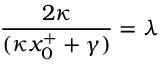
{ \frac { 2 \kappa } { ( \kappa x _ { 0 } ^ { + } + \gamma ) } } = \lambda